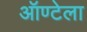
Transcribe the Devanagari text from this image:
ऑण्टेला